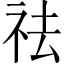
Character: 祛